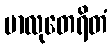
မာလုတေရိတံ